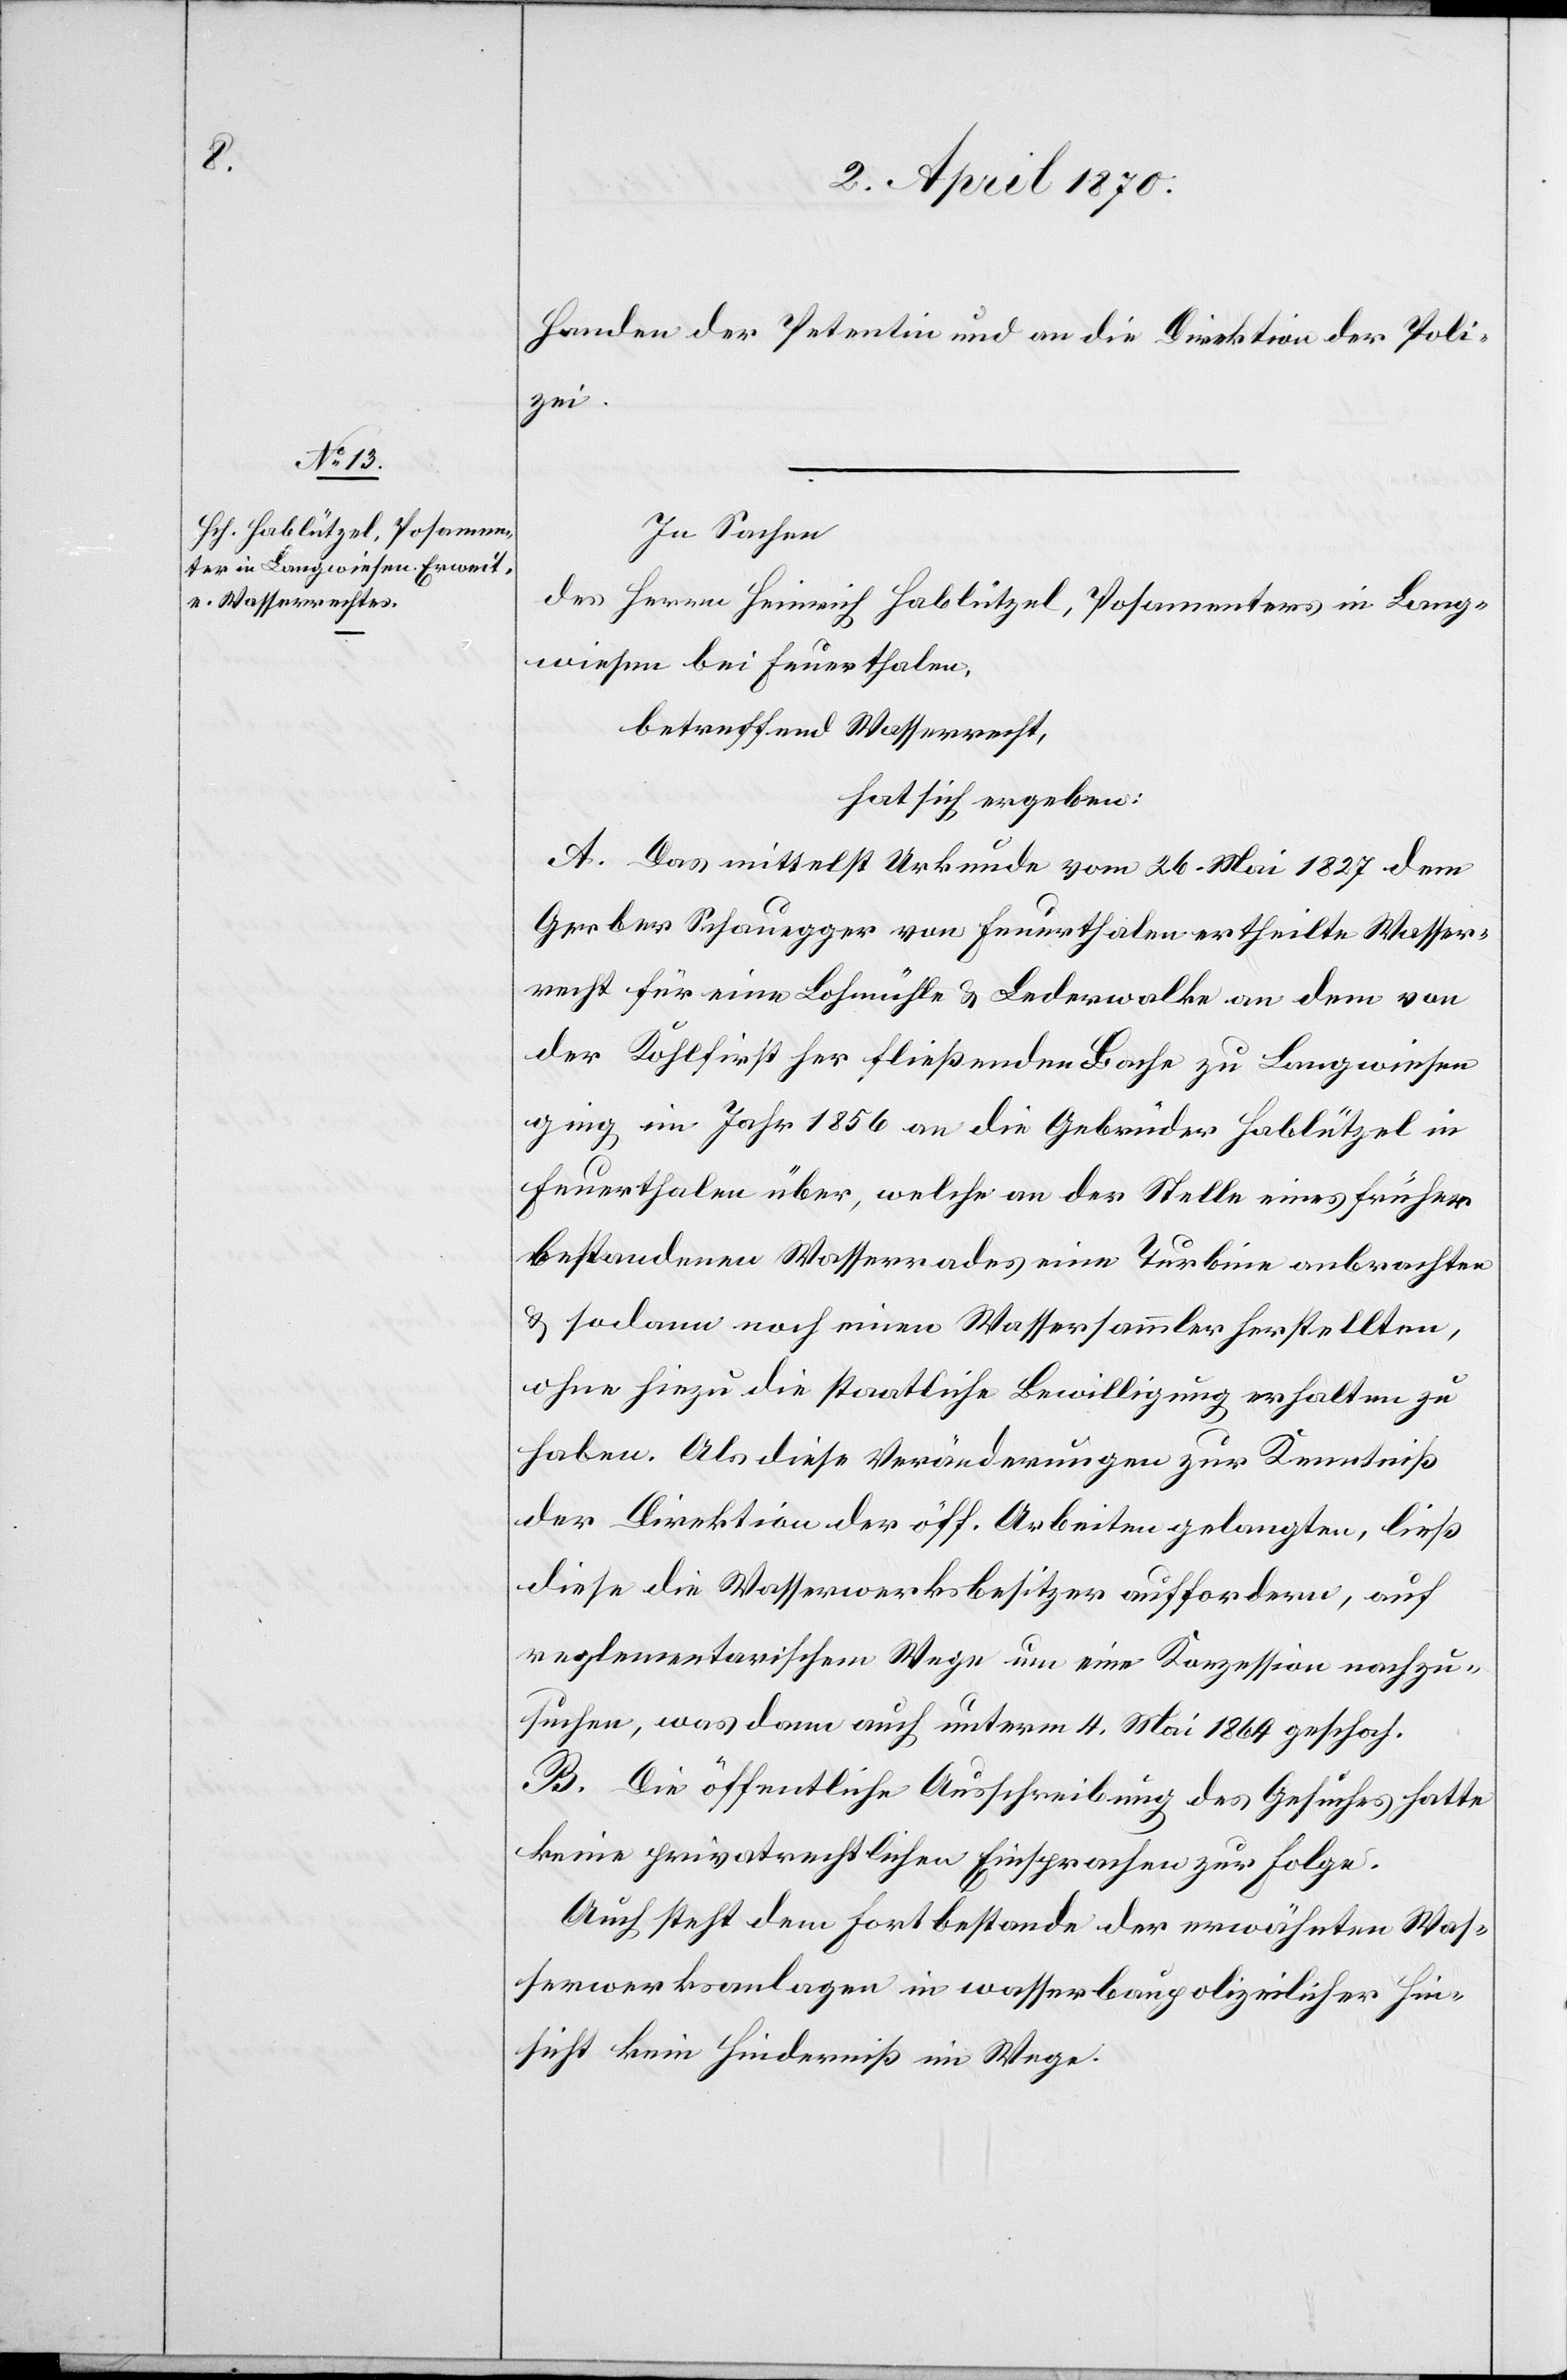
Handen der Petentin und an die Direktion der Poli¬
zei.
In Sachen
des Herrn Heinrich Hablützel, Posamenters in Lang¬
wiesen bei Feuerthalen,
betreffend Wasserrecht,
hat sich ergeben:
A. Das mittelst Urkunde vom 26. Mai 1827 dem
Gerber Schauegger von Feuerthalen ertheilte Wasser¬
recht für eine Lohmühle & Lederwalke an dem von
der Kohlfirst her fließenden Bache zu Langwiesen
ging im Jahr 1856 an die Gebrüder Hablützel in
Feuerthalen über, welche an der Stelle eines früher
bestandenen Wasserrades eine Turbine anbrachten
& sodann noch einen Wassersammler herstellten,
ohne hiezu die staatliche Bewilligung erhalten zu
haben. Als diese Veränderungen zur Kenntniß
der Direktion der öff. Arbeiten gelangten, ließ
diese die Wasserwerksbesitzer auffordern, auf
reglementarischem Wege um eine Konzession nachzu¬
suchen, was dann auch unterm 4. Mai 1864 geschah.
B. Die öffentliche Ausschreibung des Gesuches hatte
keine privatrechtlichen Einsprachen zur Folge.
Auch steht dem Fortbestande der erwähnten Was¬
serwerksanlagen in wasserbaupolizeilicher Hin¬
sicht kein Hinderniß im Wege.